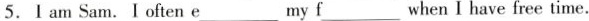
5.I am Sam. I often e___my f___when I have free time